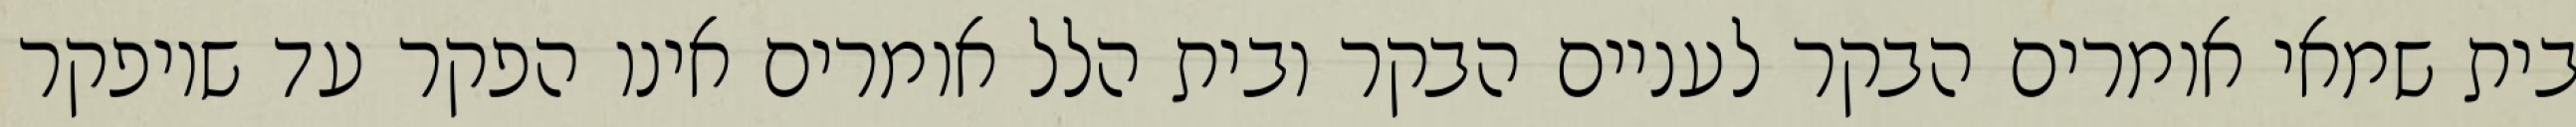
בית שמאי אומרים הבקר לעניים הבקר ובית הלל אומרים אינו הפקר עד שיופקר